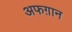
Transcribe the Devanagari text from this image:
अफग़ान